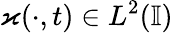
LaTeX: \varkappa(\cdot,t)\in L^{2}(\mathbb{I})